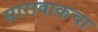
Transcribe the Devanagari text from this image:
सारावाकचा